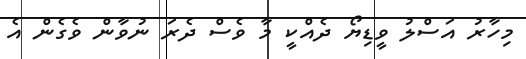
މިހާރު އަސްލު ވީޑިޔޯ ދެއްކީ މާ ވެސް ދެރަ ނުވާން ވެގެން އެ